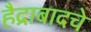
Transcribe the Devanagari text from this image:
हैद्राबादचे